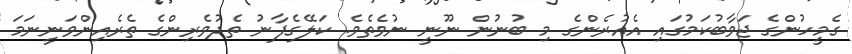
ގެމީހުންގެ ޖަވާބުކަމުގައި އެއުރެންގެ މި ބުނުން ނޫނީ ނުވެތެވެ. ކަލޭގެފާނު ތެދުވެރިންގެ ތެރެއިންވަނީނަމަ